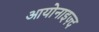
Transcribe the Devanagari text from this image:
आयोनाइज़्द